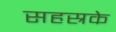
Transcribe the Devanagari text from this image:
सहस्रके